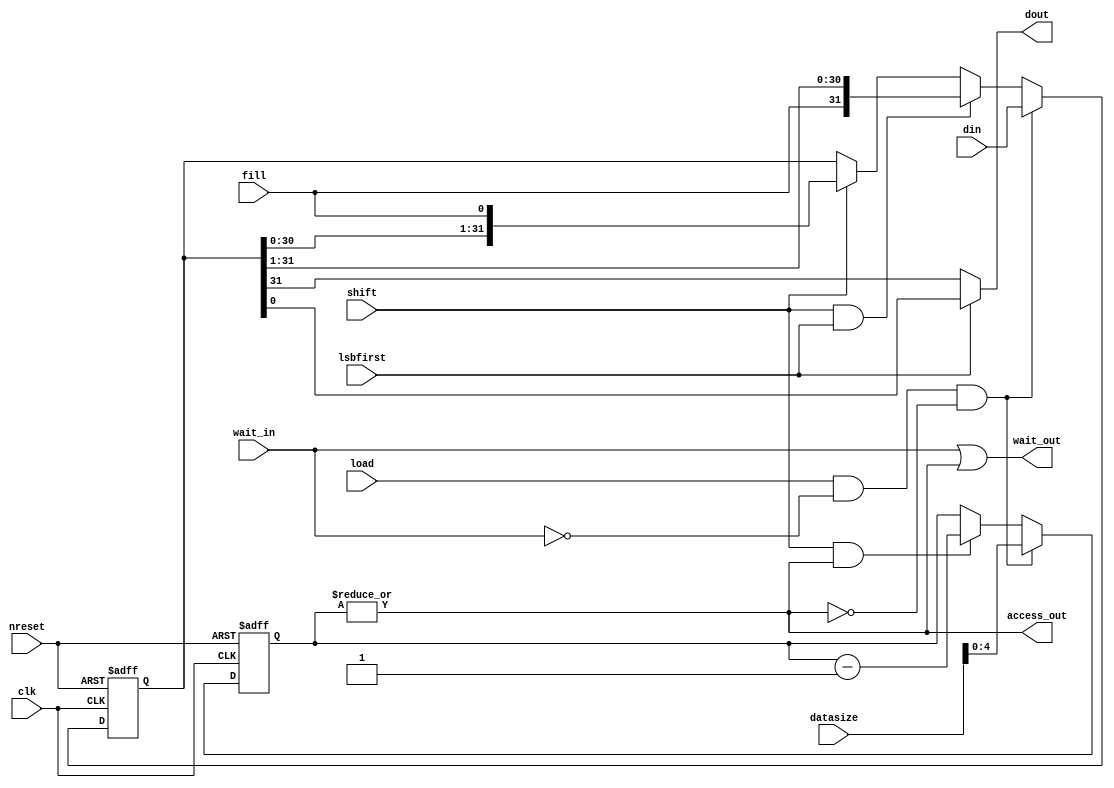
// This program was cloned from: https://github.com/aolofsson/oh
// License: MIT License

//#############################################################################
//# Function: Parallel to Serial Converter                                    #
//#############################################################################
//# Author:   Andreas Olofsson                                                #
//# License:  MIT (see LICENSE in OH! repositpory)                            #
//#############################################################################

module oh_par2ser #(parameter PW = 32, // parallel packet width
		    parameter SW = 1,  // serial packet width
		    parameter CW = $clog2(PW/SW)  // serialization factor
		    )
   (
    input 	    clk, // sampling clock
    input 	    nreset, // async active low reset
    input [PW-1:0]  din, // parallel data
    output [SW-1:0] dout, // serial output data
    output 	    access_out,// output data valid
    input 	    load, // load parallel data (priority)
    input 	    shift, // shift data
    input [7:0]     datasize, // size of data to shift
    input 	    lsbfirst, // lsb first order
    input 	    fill, // fill bit
    input 	    wait_in, // wait input
    output 	    wait_out // wait output (wait in | serial wait)
    );

   // local wires
   reg [PW-1:0]    shiftreg;
   reg [CW-1:0]    count;
   wire 	   start_transfer;
   wire 	   busy;

   // start serialization
   assign start_transfer = load &  ~wait_in & ~busy;

   //transfer counter
   always @ (posedge clk or negedge nreset)
     if(!nreset)
       count[CW-1:0] <= 'b0;
     else if(start_transfer)
       count[CW-1:0] <= datasize[CW-1:0];  //one "SW sized" transfers
     else if(shift & busy)
       count[CW-1:0] <= count[CW-1:0] - 1'b1;

   //output data is valid while count > 0
   assign busy = |count[CW-1:0];

   //data valid while shifter is busy
   assign access_out = busy;

   //wait until valid data is finished
   assign wait_out  = wait_in | busy;

   // shift register
   always @ (posedge clk or negedge nreset)
     if(!nreset)
       shiftreg[PW-1:0] = 'b0;
     else if(start_transfer)
       shiftreg[PW-1:0] = din[PW-1:0];
     else if(shift & lsbfirst)
       shiftreg[PW-1:0] = {{(SW){fill}}, shiftreg[PW-1:SW]};
     else if(shift)
       shiftreg[PW-1:0] = {shiftreg[PW-SW-1:0],{(SW){fill}}};


   assign dout[SW-1:0] = lsbfirst ? shiftreg[SW-1:0] :
			            shiftreg[PW-1:PW-SW];

endmodule // oh_par2ser